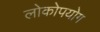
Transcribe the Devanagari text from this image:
लोकोपयोग